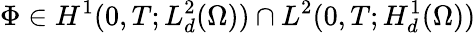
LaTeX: \Phi\in H^{1}(0,T;L_{d}^{2}(\Omega))\cap L^{2}(0,T;H_{d}^{1}(\Omega))